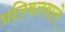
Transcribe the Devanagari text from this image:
प्रतिबलवाले